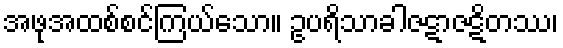
အဖုအထစ်စင်ကြယ်သော။ ဥပရိသာခါဇဋာဇဋိတဿ၊